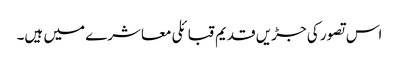
اس تصور کی جڑیں قدیم قبائلی معاشرے میں ہیں۔